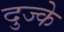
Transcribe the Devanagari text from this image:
दुज्के